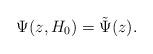
LaTeX: \begin{align*}\Psi(z,H_0)=\tilde\Psi(z).\end{align*}